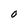
Character: 0